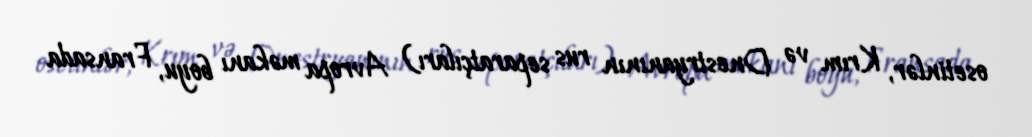
osetinlər, Krım və Dnestryanının rus separatçıları) Avropa məkanı boyu, Fransada